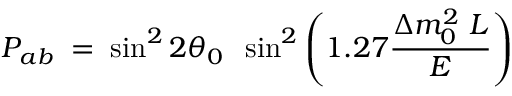
{ \cal P } _ { a b } \; = \; \sin ^ { 2 } 2 \theta _ { 0 } \; \; \sin ^ { 2 } \left( 1 . 2 7 { \frac { \Delta m _ { 0 } ^ { 2 } \; L } { E } } \right)